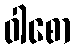
ဝါစော